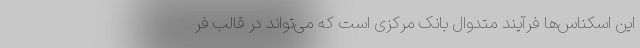
این اسکناس‌ها فرآیند متدوال بانک مرکزی است که می‌تواند در قالب فر